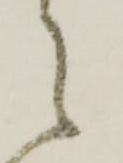
々